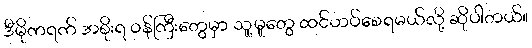
ဒီမိုကရက် အစိုးရ ဝန်ကြီးတွေမှာ သူ့မူတွေ ထင်ဟပ်စေရမယ်လို့ ဆိုပါတယ်။